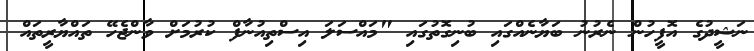
ނަޝީދުގެ އޮފީހުން ނެރުނު ބަޔާނެއްގައި ބުނިގޮތުގައި "މައްސަލަ އިސްތިއުނާފް ކުރުމަށް ވާންޖެހޭ ތައްޔާރީތައް